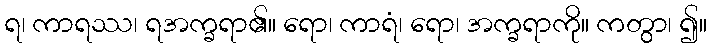
ရ၊ ကာရဿ၊ ရအက္ခရာ၏။ ရော၊ ကာရံ၊ ရော၊ အက္ခရာကို။ ကတွာ၊ ၍။